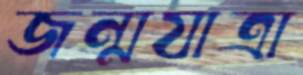
জন্মযাত্রা